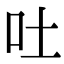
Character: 吐